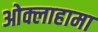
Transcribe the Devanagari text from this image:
ओक्लाहामा